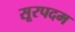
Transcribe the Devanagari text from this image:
सूरपदम